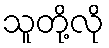
သူတို့လို